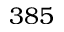
3 8 5